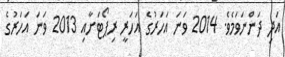
އަދި ދަންނަވަމެވެ. 2014 ވަނަ އަހަރުގެ އަހަރީ ރިޕޯޓަށާއި 2013 ވަނަ އަހަރުގެ